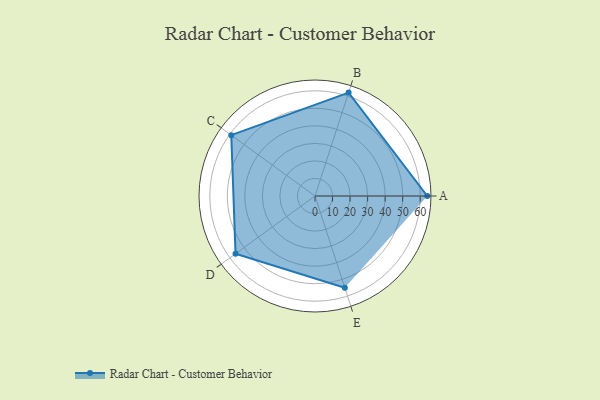
{"axis": {"x": "Skill", "y": "Score"}, "legend": ["Profile"], "data": [{"x": "A", "y": 64.0, "type": "Profile"}, {"x": "B", "y": 62.0, "type": "Profile"}, {"x": "C", "y": 59.0, "type": "Profile"}, {"x": "D", "y": 56.0, "type": "Profile"}, {"x": "E", "y": 55.0, "type": "Profile"}]}